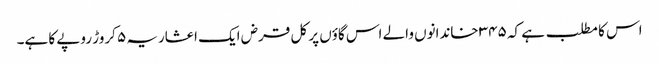
اس کا مطلب ہے کہ ۳۴۵ خاندانوں والے اس گاؤں پر کل قرض ایک اعشاریہ ۵ کروڑ روپے کا ہے۔